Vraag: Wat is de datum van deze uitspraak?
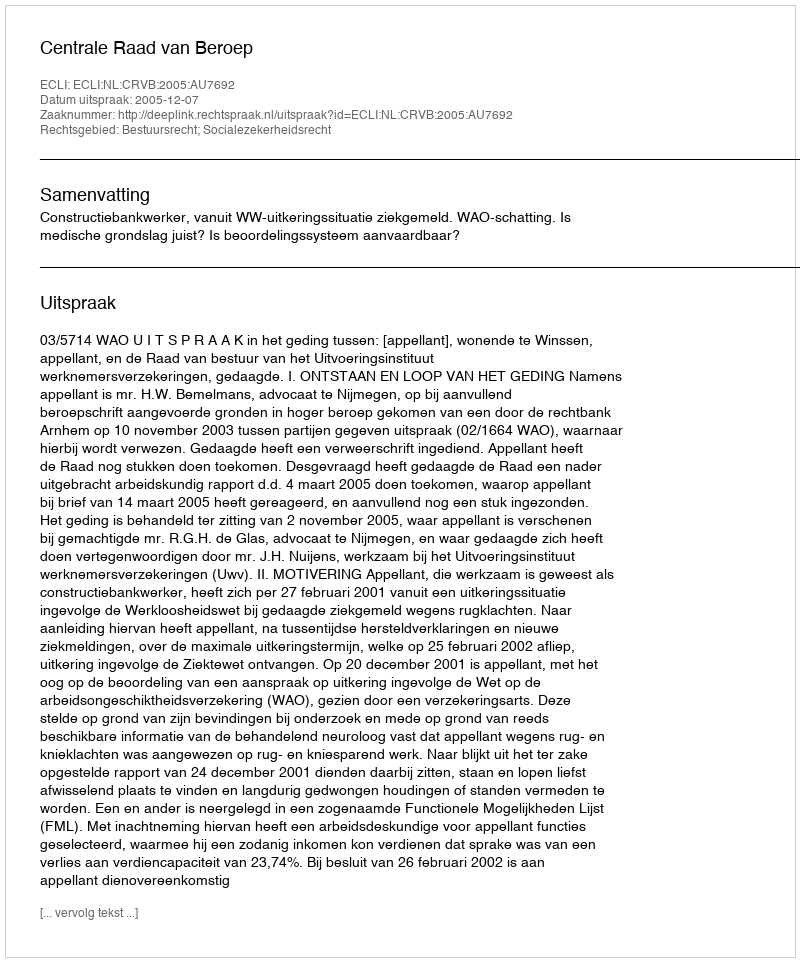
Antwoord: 2005-12-07